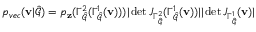
p _ { v e c } ( \mathbf { v } | \hat { \mathcal { G } } ) = p _ { \mathbf { z } } ( \Gamma _ { \hat { \mathcal { G } } } ^ { 2 } ( \Gamma _ { \hat { \mathcal { G } } } ^ { 1 } ( \mathbf { v } ) ) ) | \operatorname* { d e t } J _ { \Gamma _ { \hat { \mathcal { G } } } ^ { 2 } } ( \Gamma _ { \hat { \mathcal { G } } } ^ { 1 } ( \mathbf { v } ) ) | | \operatorname* { d e t } J _ { \Gamma _ { \hat { \mathcal { G } } } ^ { 1 } } ( \mathbf { v } ) |